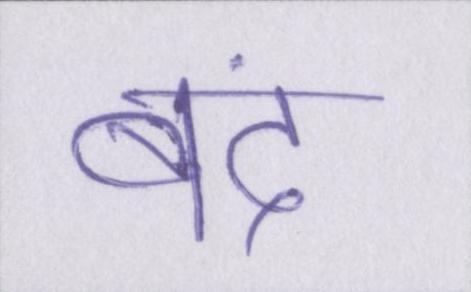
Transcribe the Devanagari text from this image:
बंद